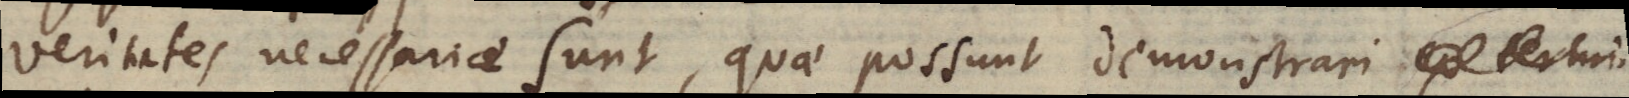
Veritates necessariae sunt, quae possunt demonstrari ex termi